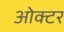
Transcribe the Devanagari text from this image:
ओक्टर